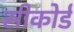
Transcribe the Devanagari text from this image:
सीकोर्ड